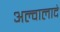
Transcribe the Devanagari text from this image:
अल्वालादे